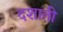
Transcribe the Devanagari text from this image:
दशाती